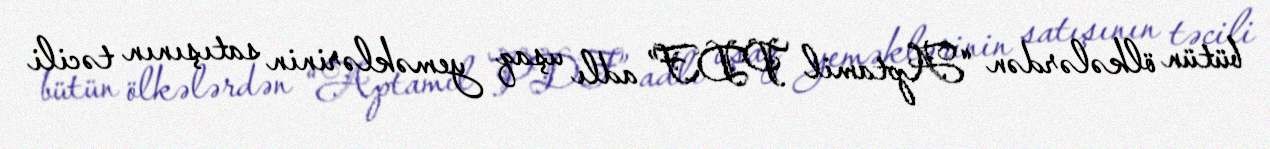
bütün ölkələrdən “Aptamil PDF” adlı uşaq yeməklərinin satışının təcili